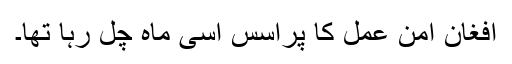
افغان امن عمل کا پراسس اسی ماہ چل رہا تھا۔